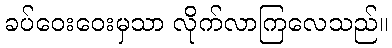
ခပ်ဝေးဝေးမှသာ လိုက်လာကြလေသည်။